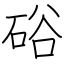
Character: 硲